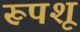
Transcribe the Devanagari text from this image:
रूपशू